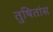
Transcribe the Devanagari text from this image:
तुषितांस